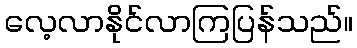
လေ့လာနိုင်လာကြပြန်သည်။